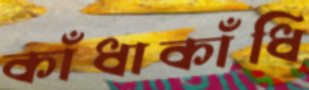
কাঁধাকাঁধি